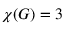
\chi ( G ) = 3